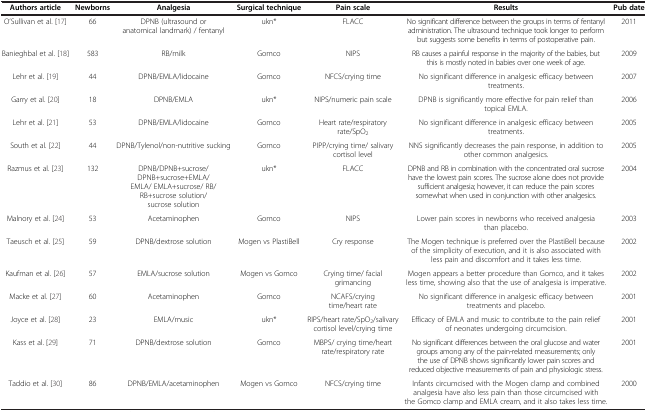
<table><thead><tr><td><b>Authors article</b></td><td><b>Newborns</b></td><td><b>Analgesia</b></td><td><b>Surgical technique</b></td><td><b>Pain scale</b></td><td><b>Results</b></td><td><b>Pub date</b></td></tr></thead><tbody><tr><td>O’Sullivan et al. [17]</td><td>66</td><td>DPNB (ultrasound or anatomical landmark) / fentanyl</td><td>ukn*</td><td>FLACC</td><td>No significant difference between the groups in terms of fentanyl administration. The ultrasound technique took longer to perform but suggests some benefits in terms of postoperative pain.</td><td>2011</td></tr><tr><td>Banieghbal et al. [18]</td><td>583</td><td>RB/milk</td><td>Gomco</td><td>NIPS</td><td>RB causes a painful response in the majority of the babies, but this is mostly noted in babies over one week of age.</td><td>2009</td></tr><tr><td>Lehr et al. [19]</td><td>44</td><td>DPNB/EMLA/lidocaine</td><td>Gomco</td><td>NFCS/crying time</td><td>No significant difference in analgesic efficacy between treatments.</td><td>2007</td></tr><tr><td>Garry et al. [20]</td><td>18</td><td>DPNB/EMLA</td><td>ukn*</td><td>NIPS/numeric pain scale</td><td>DPNB is significantly more effective for pain relief than topical EMLA.</td><td>2006</td></tr><tr><td>Lehr et al. [21]</td><td>53</td><td>DPNB/EMLA/lidocaine</td><td>Gomco</td><td>Heart rate/respiratory rate/SpO<sub>2</sub></td><td>No significant difference in analgesic efficacy between treatments.</td><td>2005</td></tr><tr><td>South et al. [22]</td><td>44</td><td>DPNB/Tylenol/non-nutritive sucking</td><td>Gomco</td><td>PIPP/crying time/ salivary cortisol level</td><td>NNS significantly decreases the pain response, in addition to other common analgesics.</td><td>2005</td></tr><tr><td>Razmus et al. [23]</td><td>132</td><td>DPNB/DPNB+sucrose/ DPNB+sucrose+EMLA/ EMLA/ EMLA+sucrose/ RB/ RB+sucrose solution/ sucrose solution</td><td>ukn*</td><td>FLACC</td><td>DPNB and RB in combination with the concentrated oral sucrose have the lowest pain scores. The sucrose alone does not provide sufficient analgesia; however, it can reduce the pain scores somewhat when used in conjunction with other analgesics.</td><td>2004</td></tr><tr><td>Malnory et al. [24]</td><td>53</td><td>Acetaminophen</td><td>Gomco</td><td>NIPS</td><td>Lower pain scores in newborns who received analgesia than placebo.</td><td>2003</td></tr><tr><td>Taeusch et al. [25]</td><td>59</td><td>DPNB/dextrose solution</td><td>Mogen vs PlastiBell</td><td>Cry response</td><td>The Mogen technique is preferred over the PlastiBell because of the simplicity of execution, and it is also associated with less pain and discomfort and it takes less time.</td><td>2002</td></tr><tr><td>Kaufman et al. [26]</td><td>57</td><td>EMLA/sucrose solution</td><td>Mogen vs Gomco</td><td>Crying time/ facial grimancing</td><td>Mogen appears a better procedure than Gomco, and it takes less time, showing also that the use of analgesia is imperative.</td><td>2002</td></tr><tr><td>Macke et al. [27]</td><td>60</td><td>Acetaminophen</td><td>Gomco</td><td>NCAFS/crying time/heart rate</td><td>No significant difference in analgesic efficacy between treatments and placebo.</td><td>2001</td></tr><tr><td>Joyce et al. [28]</td><td>23</td><td>EMLA/music</td><td>ukn*</td><td>RIPS/heart rate/SpO<sub>2</sub>/salivary cortisol level/crying time</td><td>Efficacy of EMLA and music to contribute to the pain relief of neonates undergoing circumcision.</td><td>2001</td></tr><tr><td>Kass et al. [29]</td><td>71</td><td>DPNB/dextrose solution</td><td>Gomco</td><td>MBPS/ crying time/heart rate/respiratory rate</td><td>No significant differences between the oral glucose and water groups among any of the pain-related measurements; only the use of DPNB shows significantly lower pain scores and reduced objective measurements of pain and physiologic stress.</td><td>2001</td></tr><tr><td>Taddio et al. [30]</td><td>86</td><td>DPNB/EMLA/acetaminophen</td><td>Mogen vs Gomco</td><td>NFCS/crying time</td><td>Infants circumcised with the Mogen clamp and combined analgesia have also less pain than those circumcised with the Gomco clamp and EMLA cream, and it also takes less time.</td><td>2000</td></tr></tbody></table>